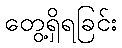
တွေ့ရှိရခြင်း